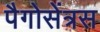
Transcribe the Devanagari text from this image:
पैगोसेंत्रस